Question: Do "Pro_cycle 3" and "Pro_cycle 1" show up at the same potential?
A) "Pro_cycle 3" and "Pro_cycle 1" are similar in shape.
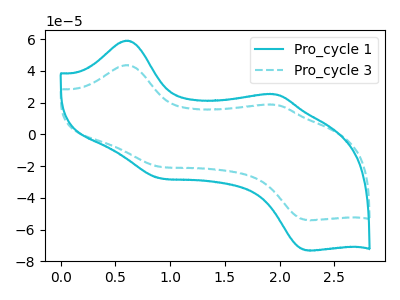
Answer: <think>The cyan curve "Pro_cycle 1" has anodic peaks at (0.60V, 59.00uA) (1.95V, 25.20uA) and cathodic peaks at (0.90V, -27.65uA) (2.25V, -73.20uA). The cyan dashed curve "Pro_cycle 3" has anodic peaks at (0.60V, 43.60uA) (1.95V, 18.60uA) and cathodic peaks at (0.90V, -20.40uA) (2.25V, -54.05uA).
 All the peaks in "Pro_cycle 3" have a peak in "Pro_cycle 1" at the same potential. Every peak in "Pro_cycle 3" is lower than every peak in "Pro_cycle 1".</think>
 <answer>A) "Pro_cycle 3" and "Pro_cycle 1" are similar in shape.</answer>
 <eval>A</eval>